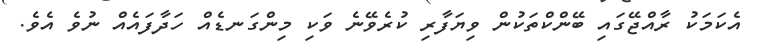
އެކަމަކު ރާއްޖޭގައި ބޭންކްތަކުން ވިޔަފާރި ކުރެވޭނެ ވަކި މިންގަނޑެއް ހަދާފައެއް ނުވެ އެވެ.